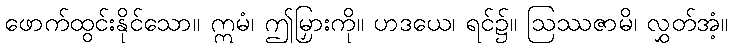
ဖောက်ထွင်းနိုင်သော။ ဣမံ၊ ဤမြှားကို။ ဟဒယေ၊ ရင်၌။ ဩဿဇာမိ၊ လွှတ်အံ့။